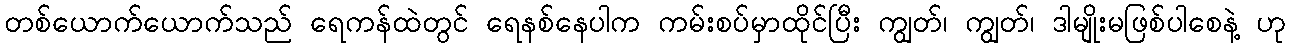
တစ်ယောက်ယောက်သည် ရေကန်ထဲတွင် ရေနစ်နေပါက ကမ်းစပ်မှာထိုင်ပြီး ကျွတ်၊ ကျွတ်၊ ဒါမျိုးမဖြစ်ပါစေနဲ့ ဟု